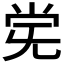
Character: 𫴽